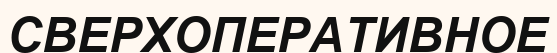
СВЕРХОПЕРАТИВНОЕ